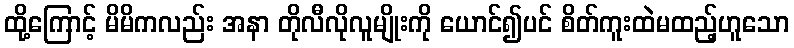
ထို့ကြောင့် မိမိကလည်း အနာ တိုလီလိုလူမျိုးကို ယောင်၍ပင် စိတ်ကူးထဲမထည့်ဟူသော